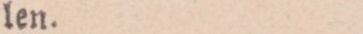
len.